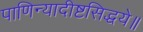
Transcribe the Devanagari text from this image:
पाणिन्यादीष्टसिद्धये॥